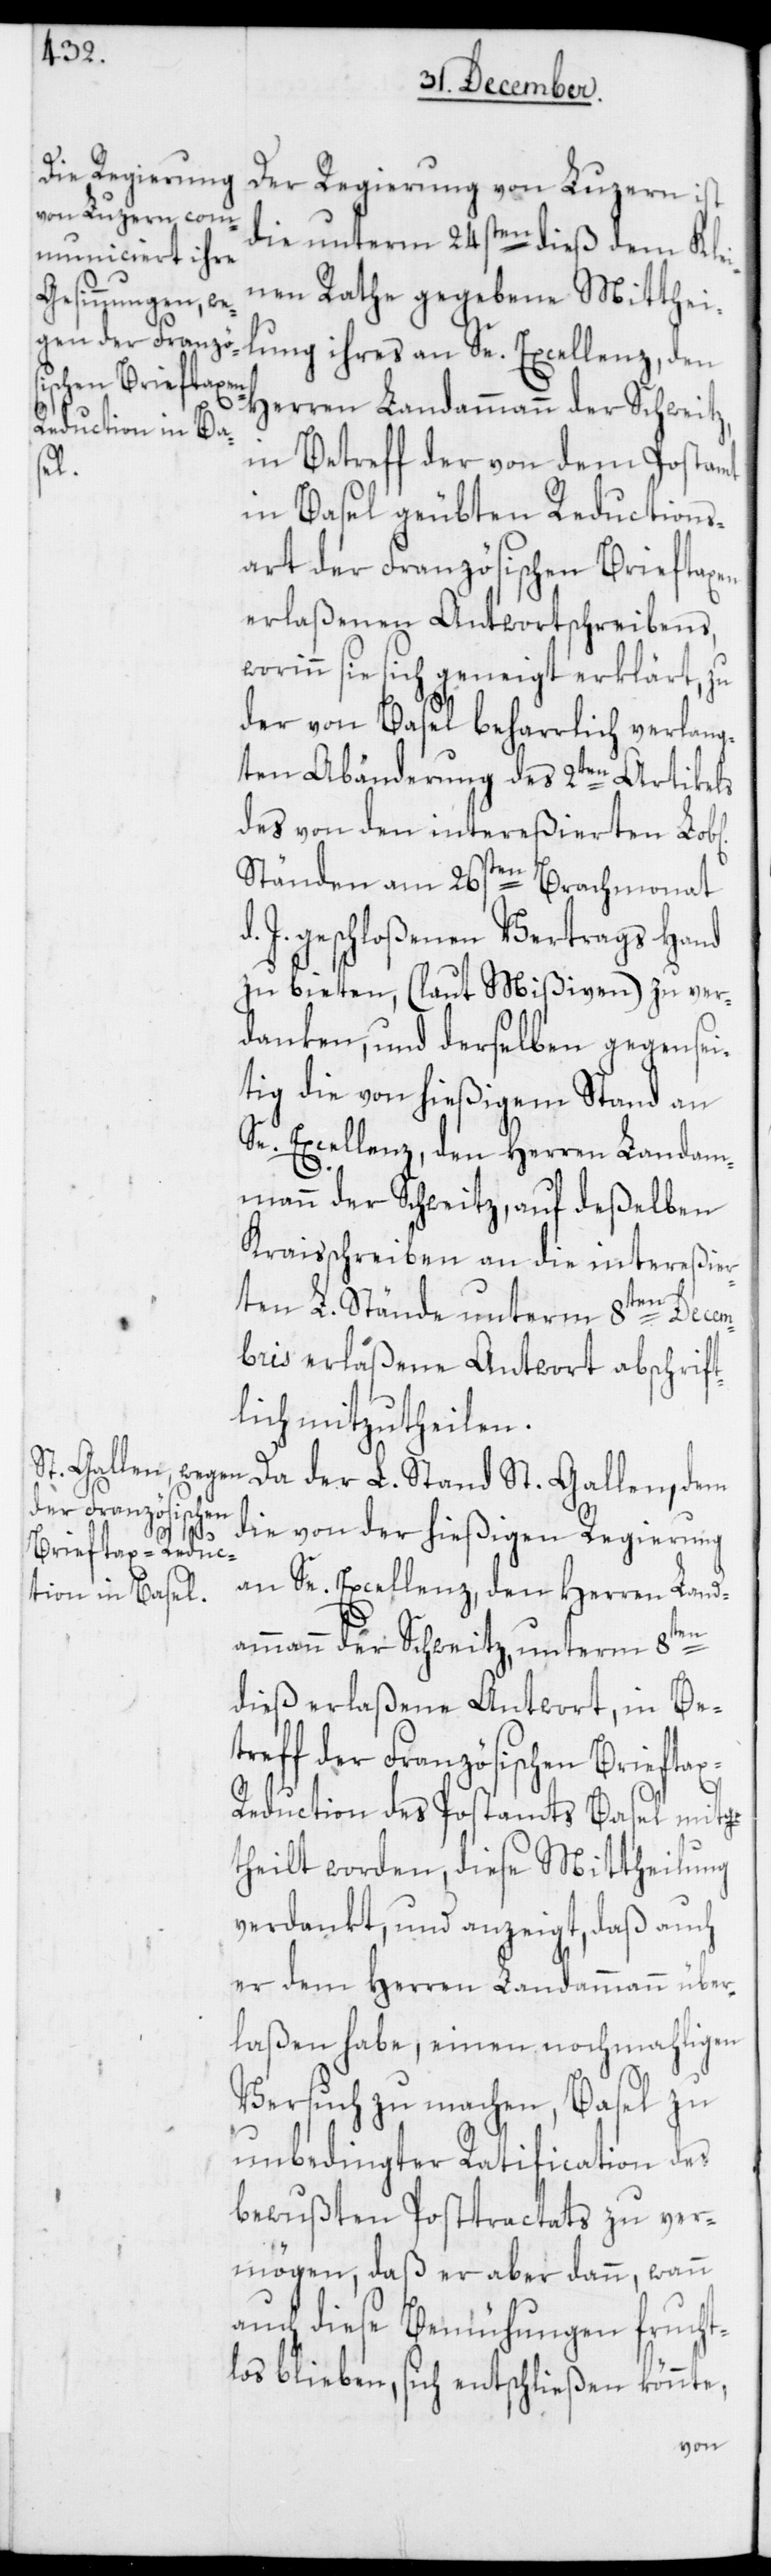
von Luzern ist
die unterm 24sten dieß dem Klei¬
nen Rathe gegebene Mitthei¬
lung ihres an Se. Excellenz, den
Herren Landamman der Schweitz,
in Betreff der von dem Postamt
in Basel geübten Reductions¬
art der Französischen Brieftaxen
erlaßenen Antwortschreibens,
orinn sie sich geneigt erklärt, zu
der von Basel beharrlich verlang¬
ten Abänderung des 2ten Artikels
des von den intereßierten Lob[l¬
Ständen am 26sten Brachmonat
J. geschloßenen Vertrags Hand
zu bieten, (laut Mißiven) zu ver¬
danken, und derselben gegensei¬
tig die von hießigem Stand an
Se. Excellenz, den Herren Landamm¬
mann der Schweitz, auf deßelben
Kraisschreiben an die intereßier¬
ichen]
ten L. Stände unterm 8ten Decem¬
bris erlaßene Antwort abschrift¬
lich mitzutheilen.
Da der L. Stand St. Gallen, dem
die von der hießigen Regierung
ann der Schweitz, unterm 8ten
dieß erlaßene Antwort, in Be¬
treff der Französischen Briefta¬
an
x-Reduction des Postamts Basel mitge¬
theilt worden, diese Mittheilung
verdankt, und anzeigt, daß auch
er dem Herren Landammann über¬
laßen habe, einen nochmahligen
Versuch zu machen, Basel zu
unbedingter Ratification des
bewußten Posttractats zu ver¬
mögen, daß er aber dann, wann
auch diese Bemühungen frucht¬
los blieben, sich entschließen könnte,